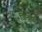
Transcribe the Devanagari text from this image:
जिन्जर